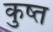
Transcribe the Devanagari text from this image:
कुष्त